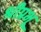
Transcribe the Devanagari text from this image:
श्रीप्रभू